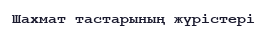
Шахмат тастарының жүрістері